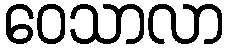
ဝေသာလာ